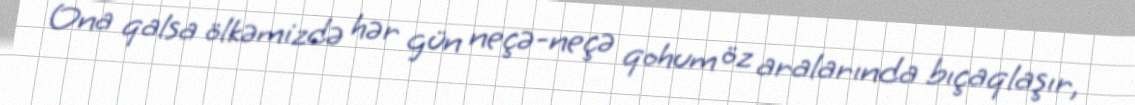
Ona qalsa ölkəmizdə hər gün neçə-neçə qohum öz aralarında bıçaqlaşır,